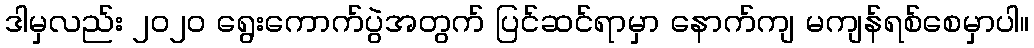
ဒါမှလည်း ၂၀၂၀ ရွေးကောက်ပွဲအတွက် ပြင်ဆင်ရာမှာ နောက်ကျ မကျန်ရစ်စေမှာပါ။